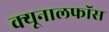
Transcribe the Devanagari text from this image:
क्‍यूनालफॉस